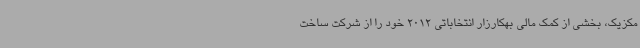
مکزیک، بخشی از کمک مالی بهکارزار انتخاباتی 2012 خود را از شرکت ساخت